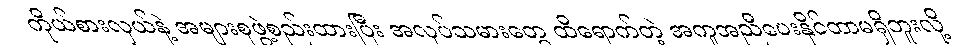
ကိုယ်စားလှယ်နဲ့ အများစုဖွဲ့စည်းထားပြီး အလုပ်သမားတွေ ထိရောက်တဲ့ အကူအညီပေးနိုင်တာမရှိဘူးလို့